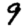
Digit: 9